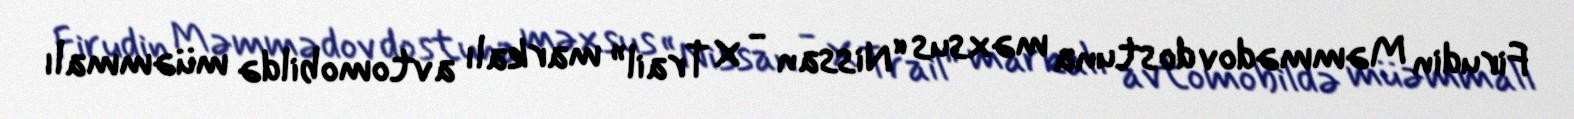
Firudin Məmmədov dostuna məxsus “Nissan - X Trail” markalı avtomobildə müəmmalı